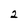
Character: 2